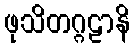
ဖုသိတဂ္ဂဠာနိ